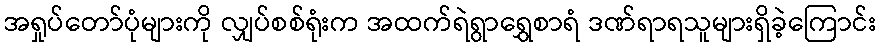
အရှုပ်တော်ပုံများကို လျှပ်စစ်ရုံးက အထက်ရဲရွာရွှေစာရံ ဒဏ်ရာရသူများရှိခဲ့ကြောင်း